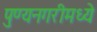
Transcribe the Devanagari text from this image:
पुण्यनगरीमध्ये